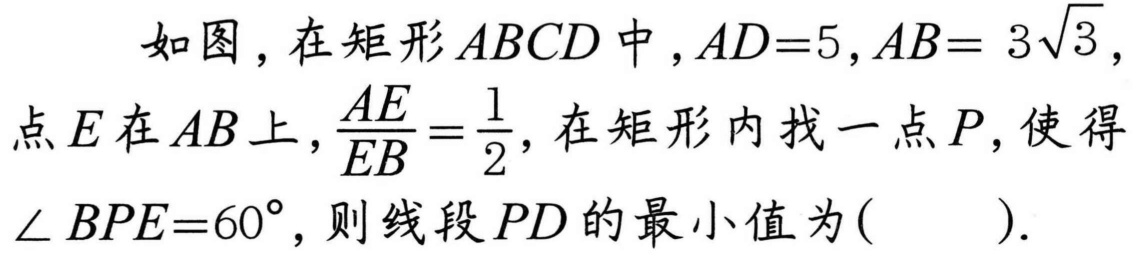
如图，在矩形\(ABCD\)中，\(AD = 5\)，\(AB = 3\sqrt{3}\)，点\(E\)在\(AB\)上，\(\frac{AE}{EB}=\frac{1}{2}\)，在矩形内找一点\(P\)，使得\(\angle BPE = 60^{\circ}\)，则线段\(PD\)的最小值为(  ).